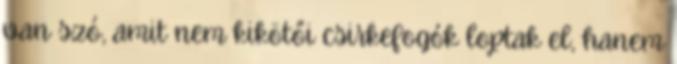
van szó, amit nem kikötői csirkefogók loptak el, hanem